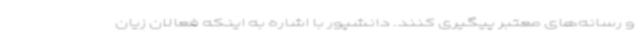
و رسانه‌های معتبر پیگیری کنند. دانشپور با اشاره به اینکه فعالان زیان